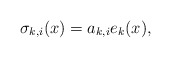
\begin{align*} \sigma_{k, i}(x) = a_{k, i} e_{k}(x) ,\end{align*}